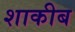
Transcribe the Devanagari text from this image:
शाकीब